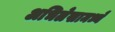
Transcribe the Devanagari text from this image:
अभिलेखामध्ये